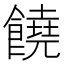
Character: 饒